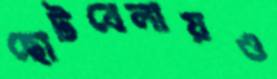
ছোটবেলায়ও